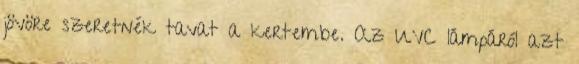
jövöre szeretnék tavat a kertembe. Az UVC lámpáról azt